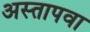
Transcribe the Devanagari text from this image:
अस्तापवा